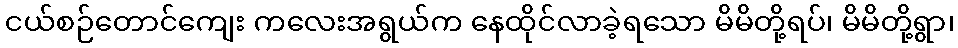
ငယ်စဉ်တောင်ကျေး ကလေးအရွယ်က နေထိုင်လာခဲ့ရသော မိမိတို့ရပ်၊ မိမိတို့ရွာ၊